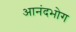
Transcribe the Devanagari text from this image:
आनंदभोग